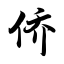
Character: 侨